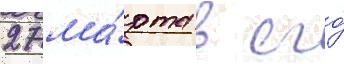
27 ма́рта в его́